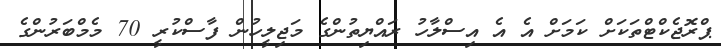
ޕްރޮޖެކްޓްތަކަށް ކަމަށް އެ އެ އިސްލާހު ރައްޔިތުންގެ މަޖިލީހުން ފާސްކުރީ 70 މެމްބަރުންގެ